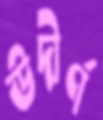
উদীর্ণ